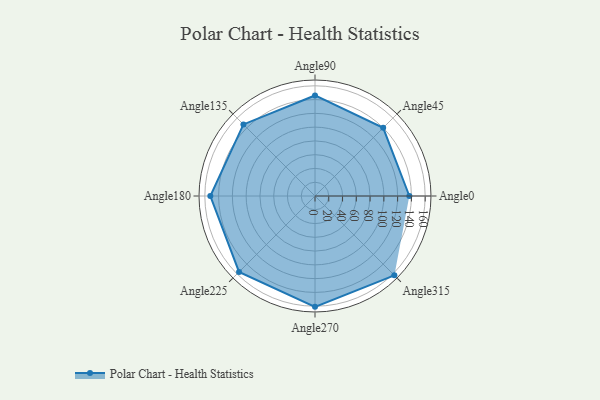
{"axis": {"x": "Angle", "y": "Radius"}, "legend": [""], "data": [{"x": "Angle0", "y": 137.0, "type": ""}, {"x": "Angle45", "y": 140.0, "type": ""}, {"x": "Angle90", "y": 146.0, "type": ""}, {"x": "Angle135", "y": 147.0, "type": ""}, {"x": "Angle180", "y": 152.0, "type": ""}, {"x": "Angle225", "y": 156.0, "type": ""}, {"x": "Angle270", "y": 161.0, "type": ""}, {"x": "Angle315", "y": 163.0, "type": ""}]}